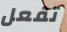
تفعل